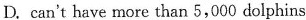
D. can't have more than 5,000 dolphins